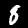
Digit: 8